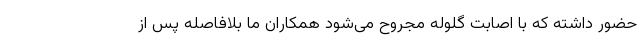
حضور داشته که با اصابت گلوله مجروح می‌شود همکاران ما بلافاصله پس از